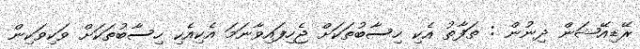
ރޭޑިއޭޝަން ދިނުން : ތަފާތު އެކި ހިސާބުތަކަށް ޖެހިފައިވާނަމަ އެކިއެކި ހިސާބުތަކަށް ވަކިވަކިން